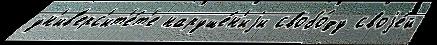
ун'ив'ерс'ит'е́т'е наруше́н'иjи свобо́ду своjе́й